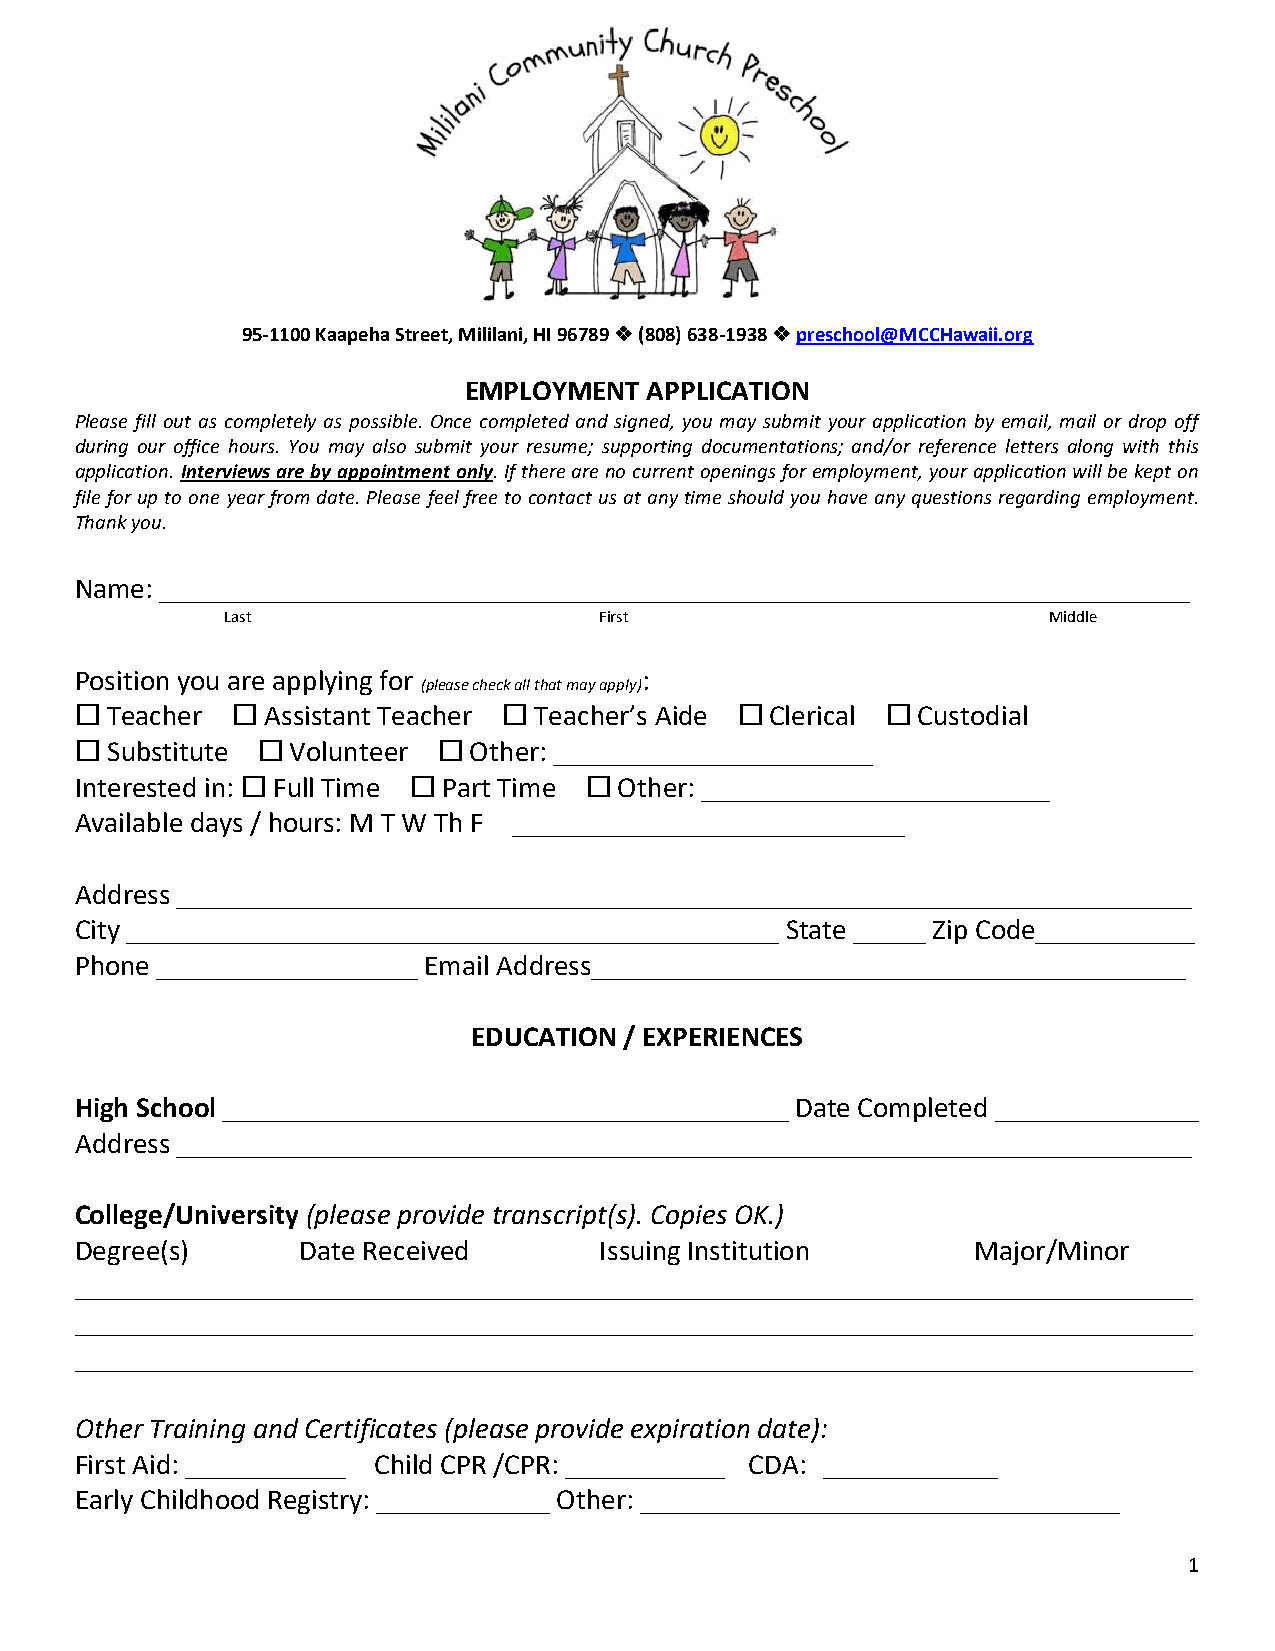
95-1100 Kaapeha Street, Mililani, HI 96789  (808) 638-1938  preschool@MCCHawaii.org
 EMPLOYMENT  APPLICATION
 Please fill out as completely as possible. Once completed and signed, you may submit your application by email, mail or drop off
 during our office hours. You may also submit your resume; supporting documentations; and/or reference letters along with this
 application. Interviews are by appointment only. If there are no current openings for employment, your application will be kept on
 file for up to one year from date. Please feel free to contact us at any time should you have any questions regarding employment.
 Thank you.
 Name: _______________________________________________________________________
 Last                     First                         Middle
 Position you are applying for         :
 (please check all that may apply)
  Teacher   Assistant Teacher  Teacher’s Aide  Clerical  Custodial
  Substitute  Volunteer  Other: ______________________
 Interested in:  Full Time  Part Time  Other: ________________________
 Available days / hours: M T W Th F ___________________________
 Address ______________________________________________________________________
 City _____________________________________________ State _____ Zip Code___________
 Phone __________________ Email Address_________________________________________
 EDUCATION / EXPERIENCES
 High School _______________________________________ Date Completed ______________
 Address ______________________________________________________________________
 College/University (please provide transcript(s). Copies OK.)
 Degree(s)      Date Received       Issuing Institution      Major/Minor
 _____________________________________________________________________________
 _____________________________________________________________________________
 _____________________________________________________________________________
 Other Training and Certificates (please provide expiration date):
 First Aid: ___________ Child CPR /CPR: ___________ CDA: ____________
 Early Childhood Registry: ____________ Other: _________________________________
 1